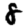
Digit: 8